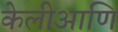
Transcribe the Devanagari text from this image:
केलीआणि